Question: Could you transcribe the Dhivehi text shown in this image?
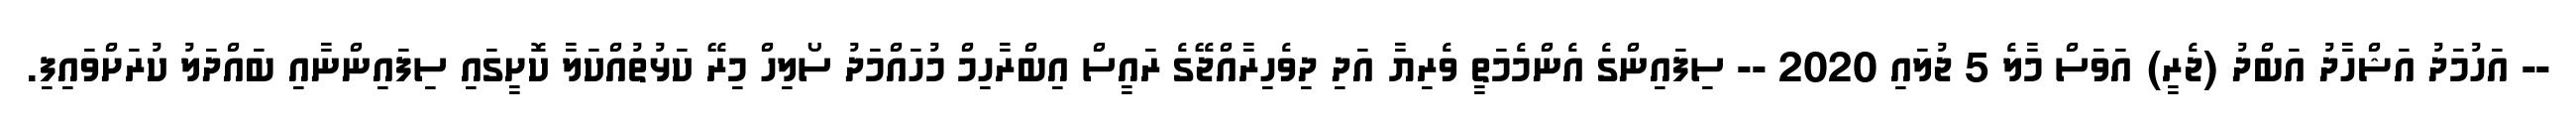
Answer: -- އަހުމަދު އަޝްހާދު އަބްދު (ޖެރީ) އަވަސް މާލެ 5 ޖުލައި 2020 -- ސިފައިންގެ އެންމެމަތީ ވެރިޔާ އަދި ދިވެހިރާއްޖޭގެ ރައީސް އިބްރާހިމް މުހައްމަދު ސޯލިހް މިރޭ ކަޅުތުއްކަލާ ކޮށީގައި ސިފައިންނާއި ބައްދަލު ކުރަށްވައިފި.